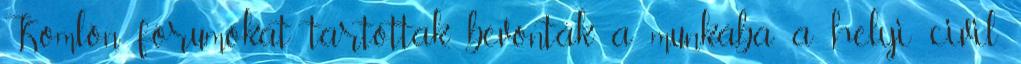
Komlón fórumokat tartottak, bevonták a munkába a helyi civil